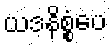
ယဒနိစ္စံပေ